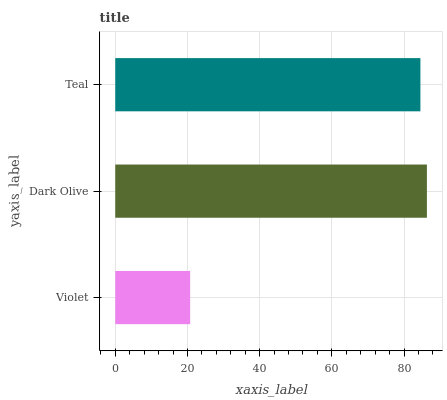
| yaxis_label | bars |
 | --- | --- |
 | Violet | 20.7 |
 | Dark Olive | 86.3 |
 | Teal | 84.5 |